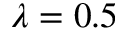
\lambda = 0 . 5